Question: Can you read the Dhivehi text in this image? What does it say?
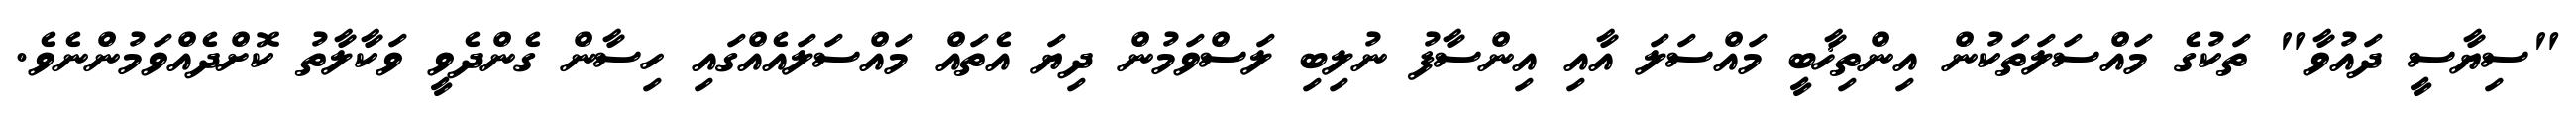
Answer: "ސިޔާސީ ދައުވާ" ތަކުގެ މައްސަލަތަކުން އިންތިޚާބީ މައްސަލަ އާއި އިންސާފު ނުލިބި ލަސްވަމުން ދިޔަ އެތައް މައްސަލައެއްގައި ހިސާން ގެންދެވީ ވަކާލާތު ކޮށްދެއްވަމުންނެވެ.